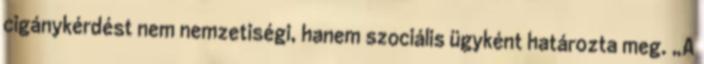
cigánykérdést nem nemzetiségi, hanem szociális ügyként határozta meg. „A